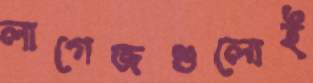
লাগেজগুলোই